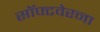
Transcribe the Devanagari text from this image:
सॉफ्टवेरना